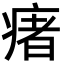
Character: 瘏